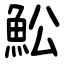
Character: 䰸